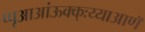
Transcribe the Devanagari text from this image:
प्पृआआंऊक्क्ःय्याआणॅ